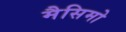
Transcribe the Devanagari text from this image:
मैसिमो